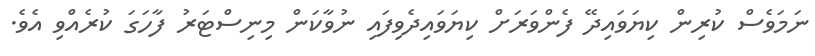
ނަމަވެސް ކުރިން ކިޔަވައިދޭ ފެންވަރަށް ކިޔަވައިދެވިފައި ނުވާކަން މިނިސްޓަރު ފާހަގަ ކުރެއްވި އެވެ.